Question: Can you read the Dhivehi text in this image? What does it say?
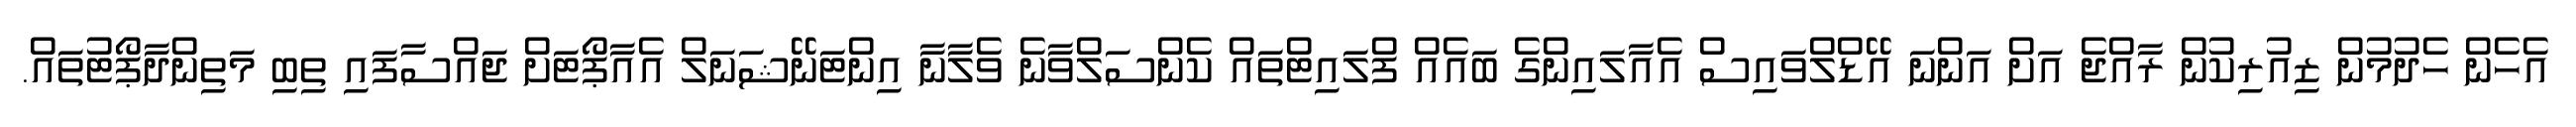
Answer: އެހެން ހެދުމުން ޒިއުރިކުން ރާއްޖެ އަށް އަންނަ އޭޑްލްވައިސް އެއާލައިންގެ ބައެއް ފްލައިޓްތައް ކެންސަލްވާނެ ވެލާނާ އިންޓަނޭޝަނަލް އެއާޕޯޓަށް ޖައްސާފައި ތިބި މަތިންދާޕޯޓުތައް.